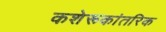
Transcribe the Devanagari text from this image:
कशेरूकांतरिक